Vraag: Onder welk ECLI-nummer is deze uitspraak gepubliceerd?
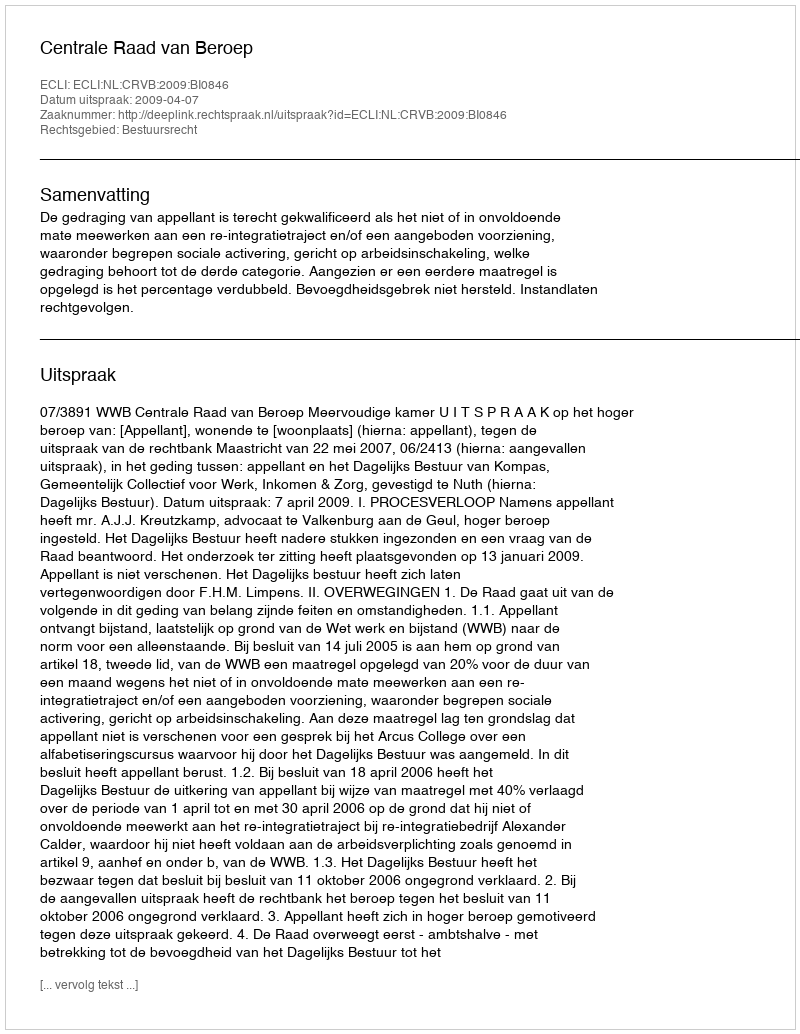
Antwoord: ECLI:NL:CRVB:2009:BI0846